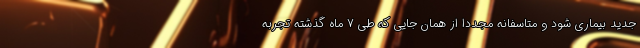
جدید بیماری شود و متاسفانه مجدداً از همان جایی که طی ۷ ماه گذشته تجربه